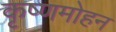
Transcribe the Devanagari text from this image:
कृष्णमोहन